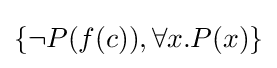
\{\neg P(f(c)),\forall x.P(x)\}